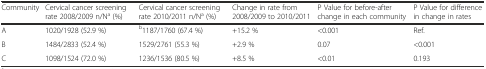
<table><thead><tr><td><b>Community</b></td><td><b>Cervical cancer screening rate 2008/2009 n/N<sup>a</sup> (%)</b></td><td><b>Cervical cancer screening rate 2010/2011 n/N<sup>a</sup> (%)</b></td><td><b>Change in rate from 2008/2009 to 2010/2011</b></td><td><b>P Value for before-after change in each community</b></td><td><b>P Value for difference in change in rates</b></td></tr></thead><tbody><tr><td>A</td><td>1020/1928 (52.9 %)</td><td><sup>b</sup>1187/1760 (67.4 %)</td><td>+15.2 %</td><td>&lt;0.001</td><td>Ref.</td></tr><tr><td>B</td><td>1484/2833 (52.4 %)</td><td>1529/2761 (55.3 %)</td><td>+2.9 %</td><td>0.07</td><td>&lt;0.001</td></tr><tr><td>C</td><td>1098/1524 (72.0 %)</td><td>1236/1536 (80.5 %)</td><td>+8.5 %</td><td>&lt;0.01</td><td>0.193</td></tr></tbody></table>